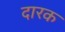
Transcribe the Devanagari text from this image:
दारक